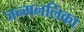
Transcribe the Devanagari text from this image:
जन्मनलिका